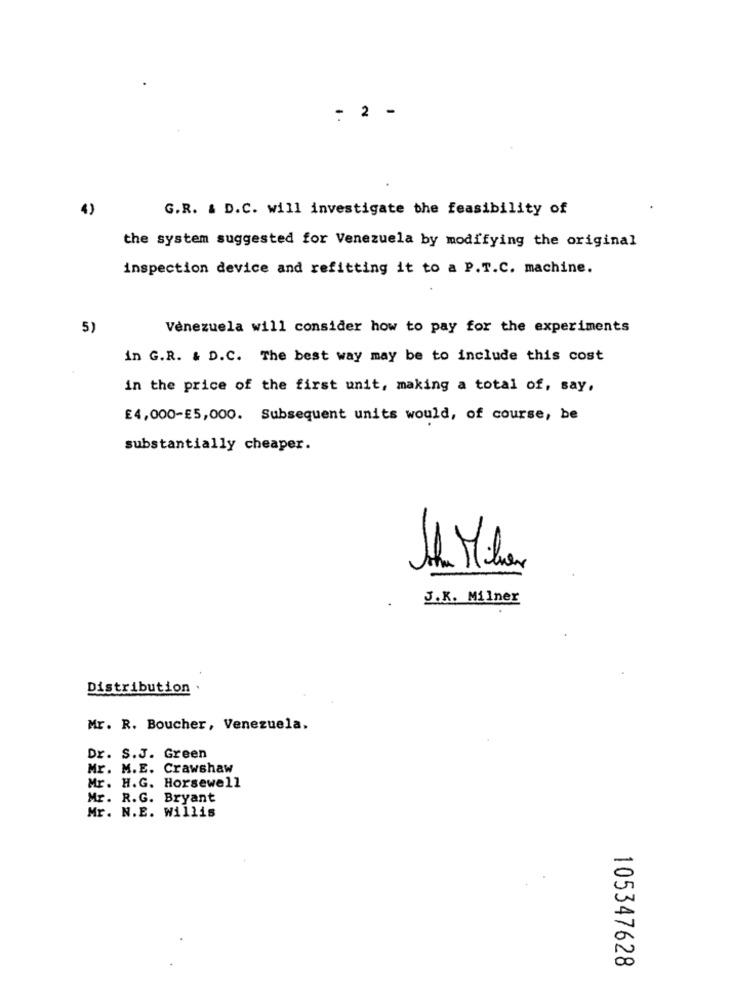
: 2 -
4)
G.R. & D.C. will investigate the feasibility of
the system suggested for Venezuela by modifying the original
inspection device and refitting it to a P.T.C. machine.
5)
Venezuela will consider how to pay for the experiments
in G.R. & D.C. The best way may be to include this cost
in the price of the first unit, making a total of, say,
£4,000-£5,000. Subsequent units would, of course, be
substantially cheaper.
J.K. Milner
Distribution
Mr. R. Boucher, Venezuela.
Dr. S.J. Green
Mr. M.E. Crawshaw
Mr. H.G. Horsewell
Mr. R.G. Bryant
Mr. N.E. Willis
105347628